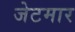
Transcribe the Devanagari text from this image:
जेटमार